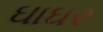
ઘાઘર